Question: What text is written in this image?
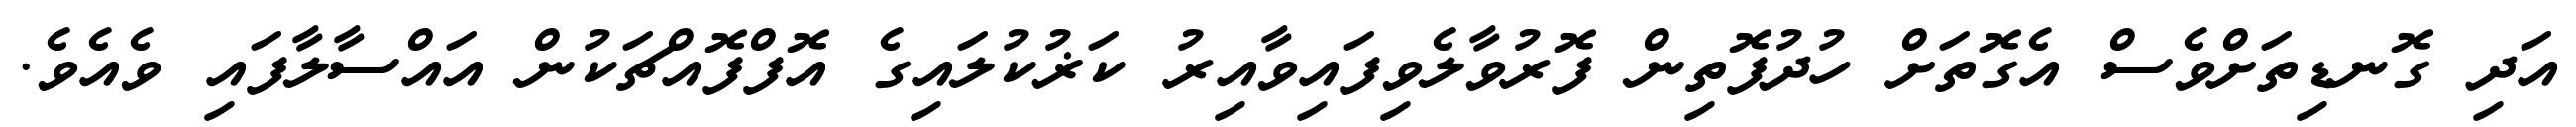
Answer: އަދި ގޮނޑިތަށްވެސް އެގޮތަށް ހުދުފޮތިން ފޮރުވާލެވިފައިވާއިރު ކަޜުކުލައިގެ އޮފްފޮއްޗަކުން އައްސާލާފައި ވެއެވެ.